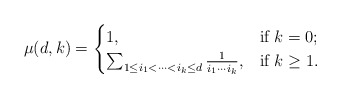
\begin{align*} \mu(d,k)= \begin{cases} 1, & \mbox{if}\ k=0;\\ \sum_{1\leq i_1<\dots<i_k\leq d}\frac{1}{i_1\cdots i_k},& \mbox{if } k\geq 1. \end{cases}\end{align*}